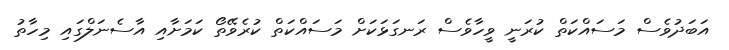
އަބަދުވެސް މަސައްކަތް ކުރަނީ ވީހާވެސް ރަނގަޅަކަށް މަސައްކަތް ކުރެވޭތޯ ކަމަށާއި އާސެނަލްގައި މިހާތު